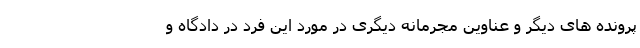
پرونده های دیگر و عناوین مجرمانه دیگری در مورد این فرد در دادگاه و